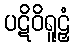
ပဋိဝိရူဠှံ